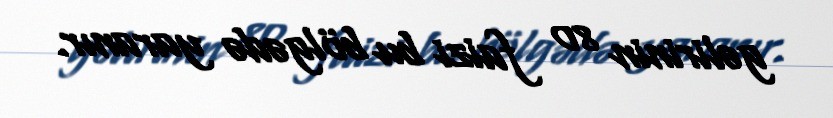
gəlirinin 80 faizi bu bölgədə yaranır.